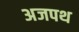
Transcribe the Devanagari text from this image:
अजपथ